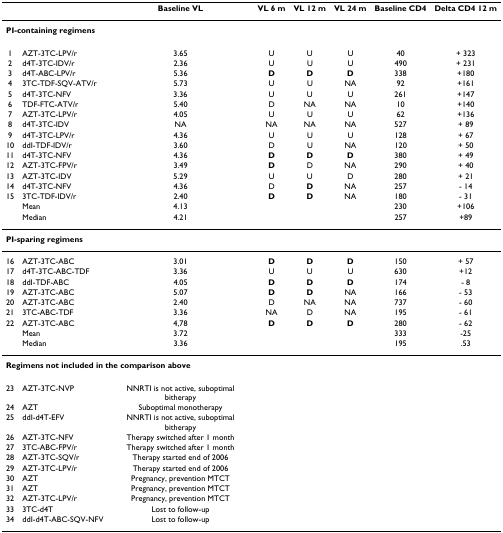
<table><thead><tr><td></td><td></td><td><b>Baseline VL</b></td><td><b>VL 6 m</b></td><td><b>VL 12 m</b></td><td><b>VL 24 m</b></td><td><b>Baseline CD4</b></td><td><b>Delta CD4 12 m</b></td></tr></thead><tbody><tr><td colspan="8"><b>PI-containing regimens</b></td></tr><tr><td>1</td><td>AZT-3TC-LPV/r</td><td>3.65</td><td>U</td><td>U</td><td>U</td><td>40</td><td>+ 323</td></tr><tr><td>2</td><td>d4T-3TC-IDV/r</td><td>2.36</td><td>U</td><td>U</td><td>U</td><td>490</td><td>+ 231</td></tr><tr><td>3</td><td>d4T-ABC-LPV/r</td><td>5.36</td><td><b>D</b></td><td><b>D</b></td><td><b>D</b></td><td>338</td><td>+180</td></tr><tr><td>4</td><td>3TC-TDF-SQV-ATV/r</td><td>5.73</td><td>U</td><td>U</td><td>NA</td><td>92</td><td>+161</td></tr><tr><td>5</td><td>d4T-3TC-NFV</td><td>3.36</td><td>U</td><td>U</td><td>U</td><td>261</td><td>+147</td></tr><tr><td>6</td><td>TDF-FTC-ATV/r</td><td>5.40</td><td>D</td><td>NA</td><td>NA</td><td>10</td><td>+140</td></tr><tr><td>7</td><td>AZT-3TC-LPV/r</td><td>4.05</td><td>U</td><td>U</td><td>U</td><td>62</td><td>+136</td></tr><tr><td>8</td><td>d4T-3TC-IDV</td><td>NA</td><td>NA</td><td>NA</td><td>NA</td><td>527</td><td>+ 89</td></tr><tr><td>9</td><td>d4T-3TC-LPV/r</td><td>4.36</td><td>U</td><td>U</td><td>U</td><td>128</td><td>+ 67</td></tr><tr><td>10</td><td>ddI-TDF-IDV/r</td><td>3.60</td><td>D</td><td>U</td><td>NA</td><td>120</td><td>+ 50</td></tr><tr><td>11</td><td>d4T-3TC-NFV</td><td>4.36</td><td><b>D</b></td><td><b>D</b></td><td><b>D</b></td><td>380</td><td>+ 49</td></tr><tr><td>12</td><td>AZT-3TC-FPV/r</td><td>3.49</td><td><b>D</b></td><td>D</td><td>NA</td><td>290</td><td>+ 40</td></tr><tr><td>13</td><td>AZT-3TC-IDV</td><td>5.29</td><td>U</td><td>U</td><td>D</td><td>280</td><td>+ 21</td></tr><tr><td>14</td><td>d4T-3TC-NFV</td><td>4.36</td><td>D</td><td><b>D</b></td><td>NA</td><td>257</td><td>- 14</td></tr><tr><td>15</td><td>3TC-TDF-IDV/r</td><td>2.40</td><td><b>D</b></td><td><b>D</b></td><td>NA</td><td>180</td><td>- 31</td></tr><tr><td></td><td>Mean</td><td>4.13</td><td></td><td></td><td></td><td>230</td><td>+106</td></tr><tr><td></td><td>Median</td><td>4.21</td><td></td><td></td><td></td><td>257</td><td>+89</td></tr><tr><td colspan="8"><b>PI-sparing regimens</b></td></tr><tr><td>16</td><td>AZT-3TC-ABC</td><td>3.01</td><td><b>D</b></td><td><b>D</b></td><td><b>D</b></td><td>150</td><td>+ 57</td></tr><tr><td>17</td><td>d4T-3TC-ABC-TDF</td><td>3.36</td><td>U</td><td>U</td><td>U</td><td>630</td><td>+12</td></tr><tr><td>18</td><td>ddI-TDF-ABC</td><td>4.05</td><td><b>D</b></td><td><b>D</b></td><td><b>D</b></td><td>174</td><td>- 8</td></tr><tr><td>19</td><td>AZT-3TC-ABC</td><td>5.07</td><td><b>D</b></td><td><b>D</b></td><td>NA</td><td>166</td><td>- 53</td></tr><tr><td>20</td><td>AZT-3TC-ABC</td><td>2.40</td><td>D</td><td>NA</td><td>NA</td><td>737</td><td>- 60</td></tr><tr><td>21</td><td>3TC-ABC-TDF</td><td>3.36</td><td>NA</td><td>D</td><td>NA</td><td>195</td><td>- 61</td></tr><tr><td>22</td><td>AZT-3TC-ABC</td><td>4,78</td><td><b>D</b></td><td><b>D</b></td><td><b>D</b></td><td>280</td><td>- 62</td></tr><tr><td></td><td>Mean</td><td>3.72</td><td></td><td></td><td></td><td>333</td><td>-25</td></tr><tr><td></td><td>Median</td><td>3.36</td><td></td><td></td><td></td><td>195</td><td>.53</td></tr><tr><td colspan="8"><b>Regimens not included in the comparison above</b></td></tr><tr><td>23</td><td>AZT-3TC-NVP</td><td>NNRTI is not active, suboptimal bitherapy</td><td></td><td></td><td></td><td></td><td></td></tr><tr><td>24</td><td>AZT</td><td>Suboptimal monotherapy</td><td></td><td></td><td></td><td></td><td></td></tr><tr><td>25</td><td>ddI-d4T-EFV</td><td>NNRTI is not active, suboptimal bitherapy</td><td></td><td></td><td></td><td></td><td></td></tr><tr><td>26</td><td>AZT-3TC-NFV</td><td>Therapy switched after 1 month</td><td></td><td></td><td></td><td></td><td></td></tr><tr><td>27</td><td>3TC-ABC-FPV/r</td><td>Therapy switched after 1 month</td><td></td><td></td><td></td><td></td><td></td></tr><tr><td>28</td><td>AZT-3TC-SQV/r</td><td>Therapy started end of 2006</td><td></td><td></td><td></td><td></td><td></td></tr><tr><td>29</td><td>AZT-3TC-LPV/r</td><td>Therapy started end of 2006</td><td></td><td></td><td></td><td></td><td></td></tr><tr><td>30</td><td>AZT</td><td>Pregnancy, prevention MTCT</td><td></td><td></td><td></td><td></td><td></td></tr><tr><td>31</td><td>AZT</td><td>Pregnancy, prevention MTCT</td><td></td><td></td><td></td><td></td><td></td></tr><tr><td>32</td><td>AZT-3TC-LPV/r</td><td>Pregnancy, prevention MTCT</td><td></td><td></td><td></td><td></td><td></td></tr><tr><td>33</td><td>3TC-d4T</td><td>Lost to follow-up</td><td></td><td></td><td></td><td></td><td></td></tr><tr><td>34</td><td>ddI-d4T-ABC-SQV-NFV</td><td>Lost to follow-up</td><td></td><td></td><td></td><td></td><td></td></tr></tbody></table>